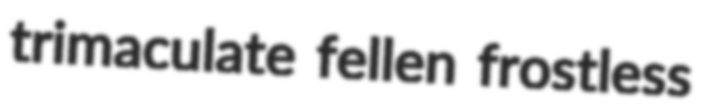
trimaculate fellen frostless